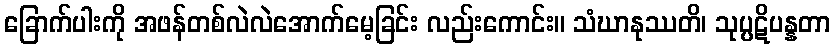
ခြောက်ပါးကို အဖန်တစ်လဲလဲအောက်မေ့ခြင်း လည်းကောင်း။ သံဃာနုဿတိ၊ သုပ္ပဋိပန္နတာ